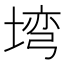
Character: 塆